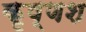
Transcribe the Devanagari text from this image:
कृष्णश